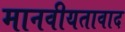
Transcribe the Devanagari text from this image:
मानवीयतावाद